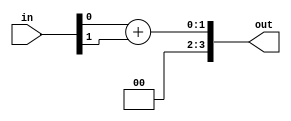
`timescale 1ns / 1ps

module sum_bits(
                    input [1:0] in,
                    output [3:0] out
                );
  assign out=in[0]+in[1];
endmodule